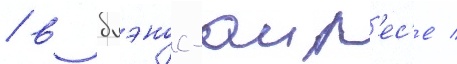
/ в буэнос-аир'ес'е /